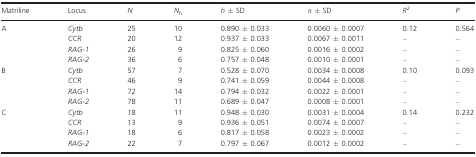
<table><thead><tr><td><b>Matriline</b></td><td><b>Locus</b></td><td><b><i>N</i></b></td><td><b><i>N</i><sub>h</sub></b></td><td><b><i>h</i> ± SD</b></td><td><b><i>π </i>± SD</b></td><td><b><i>R</i><sup>2</sup></b></td><td><b><i>P</i></b></td></tr></thead><tbody><tr><td rowspan="4">A</td><td><i>Cytb</i></td><td>25</td><td>10</td><td>0.890 ± 0.033</td><td>0.0060 ± 0.0007</td><td>0.12</td><td>0.564</td></tr><tr><td><i>CCR</i></td><td>20</td><td>12</td><td>0.937 ± 0.033</td><td>0.0067 ± 0.0011</td><td>–</td><td>–</td></tr><tr><td><i>RAG‐1</i></td><td>26</td><td>9</td><td>0.825 ± 0.060</td><td>0.0016 ± 0.0002</td><td>–</td><td>–</td></tr><tr><td><i>RAG‐2</i></td><td>36</td><td>6</td><td>0.757 ± 0.048</td><td>0.0010 ± 0.0001</td><td>–</td><td>–</td></tr><tr><td rowspan="4">B</td><td><i>Cytb</i></td><td>57</td><td>7</td><td>0.528 ± 0.070</td><td>0.0034 ± 0.0008</td><td>0.10</td><td>0.093</td></tr><tr><td><i>CCR</i></td><td>46</td><td>9</td><td>0.741 ± 0.059</td><td>0.0044 ± 0.0008</td><td>–</td><td>–</td></tr><tr><td><i>RAG‐1</i></td><td>72</td><td>14</td><td>0.794 ± 0.032</td><td>0.0022 ± 0.0001</td><td>–</td><td>–</td></tr><tr><td><i>RAG‐2</i></td><td>78</td><td>11</td><td>0.689 ± 0.047</td><td>0.0008 ± 0.0001</td><td>–</td><td>–</td></tr><tr><td rowspan="4">C</td><td><i>Cytb</i></td><td>18</td><td>11</td><td>0.948 ± 0.030</td><td>0.0031 ± 0.0004</td><td>0.14</td><td>0.232</td></tr><tr><td><i>CCR</i></td><td>13</td><td>9</td><td>0.936 ± 0.051</td><td>0.0074 ± 0.0007</td><td>–</td><td>–</td></tr><tr><td><i>RAG‐1</i></td><td>18</td><td>6</td><td>0.817 ± 0.058</td><td>0.0023 ± 0.0002</td><td>–</td><td>–</td></tr><tr><td><i>RAG‐2</i></td><td>22</td><td>7</td><td>0.797 ± 0.067</td><td>0.0012 ± 0.0002</td><td>–</td><td>–</td></tr></tbody></table>